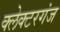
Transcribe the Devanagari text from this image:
क्लेक्टरगंज